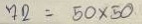
72 = 50 x 50